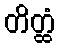
တိတ္ထံ